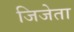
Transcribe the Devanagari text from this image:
जिजेता